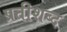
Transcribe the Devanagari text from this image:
प्रतीशब्द